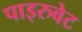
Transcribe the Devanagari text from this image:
पाइरुवेट